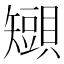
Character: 𧸒